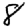
Digit: 8